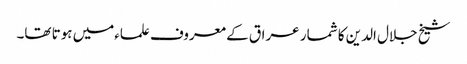
شیخ جلال الدین کا شمار عراق کے معروف علماءمیں ہوتا تھا۔